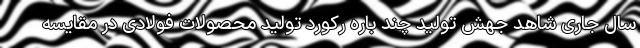
سال جاری شاهد جهش تولید چند باره رکورد تولید محصولات فولادی در مقایسه